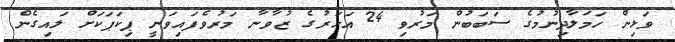
ވަޅިން ހަމަލާދިނުމުގެ ސަބަބުން މަރުވި 24 އަހަރުގެ ޒުވާނާ މަރުވެފައިވަނީ ޕިކަޕަކަށް ލައިގެން